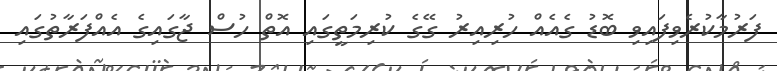
ފަރުމާކުރެވިފައިވި ބޮޑު ގެއެއް ހުރިއިރު ގޭގެ ކުރިމަތީގައި އޮތް ހުސް ޖާގައިގެ އެއްފަރާތުގައި